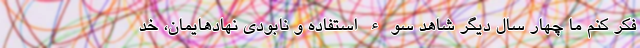
فکر کنم ما چهار سال دیگر شاهد سوء استفاده و نابودی نهادهایمان، خد